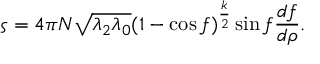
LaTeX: \varsigma = 4 \pi N \sqrt { \lambda _ { 2 } \lambda _ { 0 } } ( 1 - \cos f ) ^ { \frac { k } { 2 } } \sin f \frac { d f } { d \rho } .